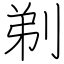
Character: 剃